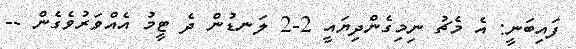
ފައިބަނީ: އެ މެޗު ނިމިގެންދިޔައީ 2-2 ލަނޑުން ދެ ޓީމު އެއްވަރުވެގެން --